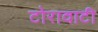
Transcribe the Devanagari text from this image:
टोरावाटी